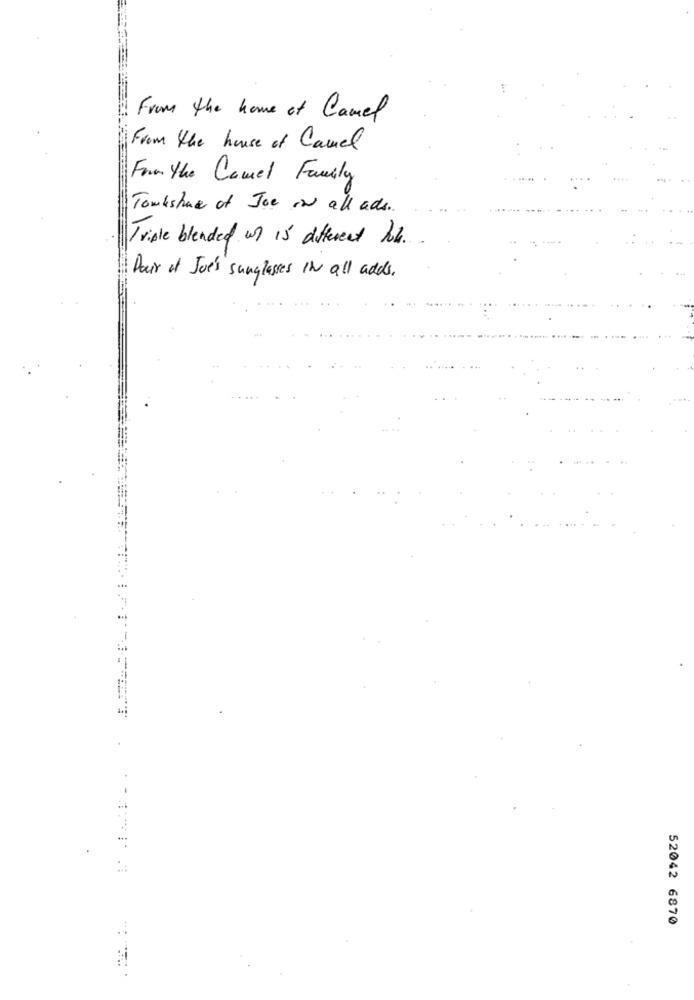
From the home of Camel
From the house of Camel
For the Comet Family
Tomkshne of Joe on all ads.
Triple blended un is different hob.
Pair of Joe's sunglasses IN all adds.
52042 6870